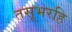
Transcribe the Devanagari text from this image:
तसूभरहि